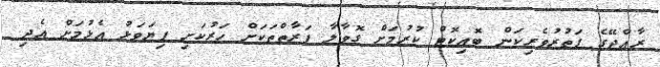
ރާއްޖޭގެ ފަތުރުވެރިކަން ބޮއިކޮޓް ކުރުމަށް ގޮވާލާ ފަރާތްތަކަށް ހަރުކަށި ފިޔަވަޅު އެޅުމަށް އެދި